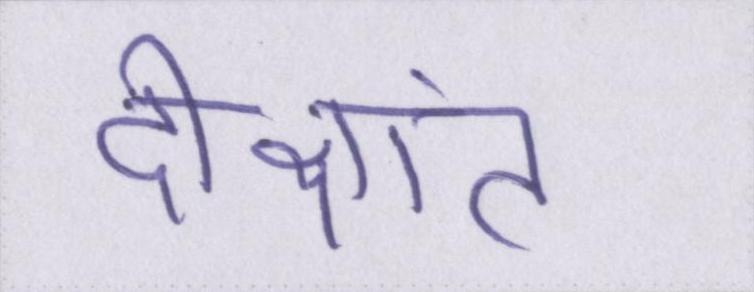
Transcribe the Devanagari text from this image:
दीक्षांत